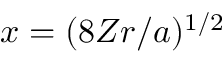
x = ( 8 Z r / a ) ^ { 1 / 2 }